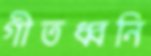
গীতধ্বনি